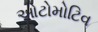
ઓટોમોટિવ